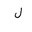
Letter: _lam